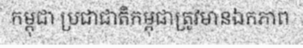
កម្ពុជា ប្រជាជាតិកម្ពុជាត្រូវមានឯកភាព